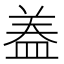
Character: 𭾂